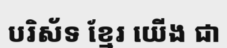
បរិស័ទ ខ្មែរ យើង ជា